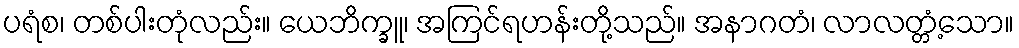
ပရံစ၊ တစ်ပါးတုံလည်း။ ယေဘိက္ခူ၊ အကြင်ရဟန်းတို့သည်။ အနာဂတံ၊ လာလတ္တံ့သော။